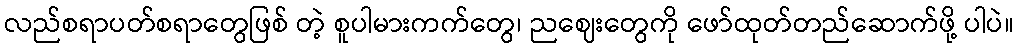
လည်စရာပတ်စရာတွေဖြစ် တဲ့ စူပါမားကက်တွေ၊ ညဈေးတွေကို ဖော်ထုတ်တည်ဆောက်ဖို့ ပါပဲ။